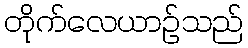
တိုက်လေယာဉ်သည်